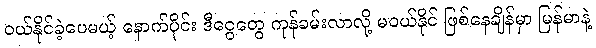
ဝယ်နိုင်ခဲ့ပေမယ့် နောက်ပိုင်း ဒီငွေတွေ ကုန်ခမ်းလာလို့ မဝယ်နိုင် ဖြစ်နေချိန်မှာ မြန်မာနဲ့